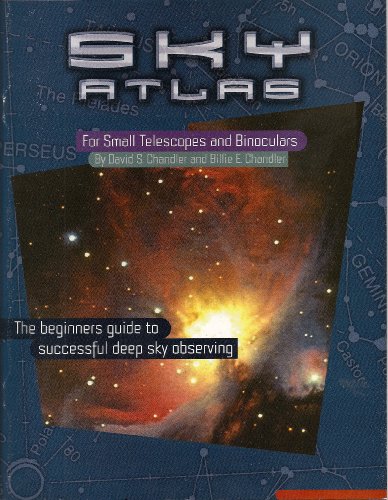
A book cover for Sky Atlas for Small Telescopes and Binoculars; Billie Chandler and David Chandler; Science & Math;